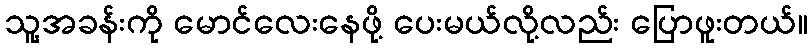
သူ့အခန်းကို မောင်လေးနေဖို့ ပေးမယ်လို့လည်း ပြောဖူးတယ်။